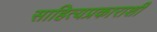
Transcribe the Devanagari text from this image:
साहित्यप्रकाराशी